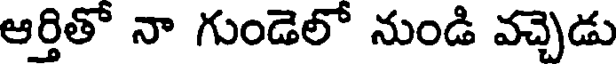
ఆర్తితో నా గుండెలో నుండి వచ్చెడు